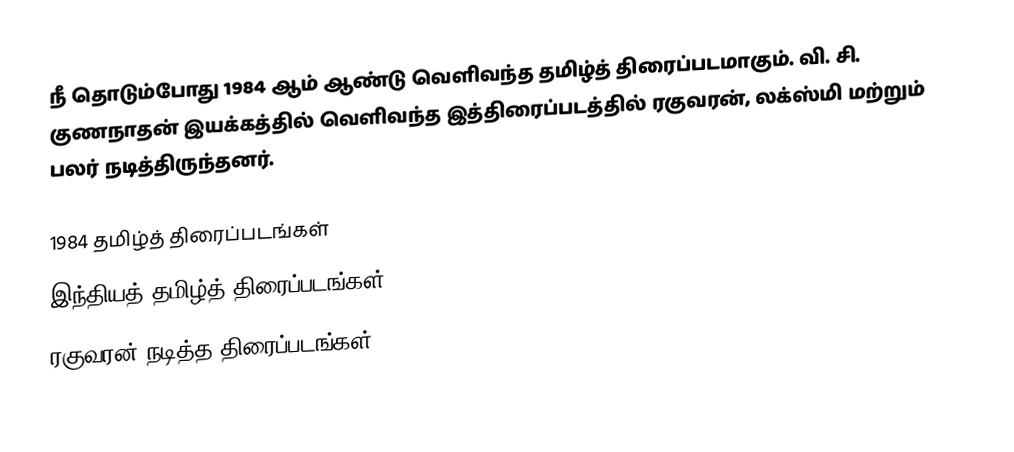
நீ தொடும்போது 1984 ஆம் ஆண்டு வெளிவந்த தமிழ்த் திரைப்படமாகும். வி. சி. குணநாதன் இயக்கத்தில் வெளிவந்த இத்திரைப்படத்தில் ரகுவரன், லக்ஸ்மி மற்றும் பலர் நடித்திருந்தனர்.

1984 தமிழ்த் திரைப்படங்கள்
இந்தியத் தமிழ்த் திரைப்படங்கள்
ரகுவரன் நடித்த திரைப்படங்கள்